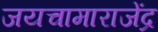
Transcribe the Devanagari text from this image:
जयचामाराजेंद्र